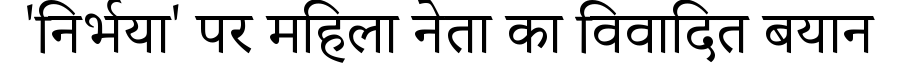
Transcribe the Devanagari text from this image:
'निर्भया' पर महिला नेता का विवादित बयान